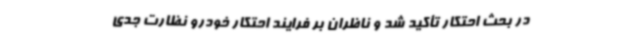
در بحث احتکار تأکید شد و ناظران بر فرایند احتکار خودرو نظارت جدی